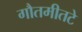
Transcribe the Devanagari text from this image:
गौतमीतटे